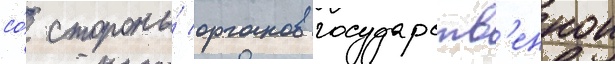
со́ стороны́ органов государств'еннои